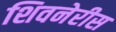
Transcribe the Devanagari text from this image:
शिवनेरीस